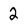
Character: 2